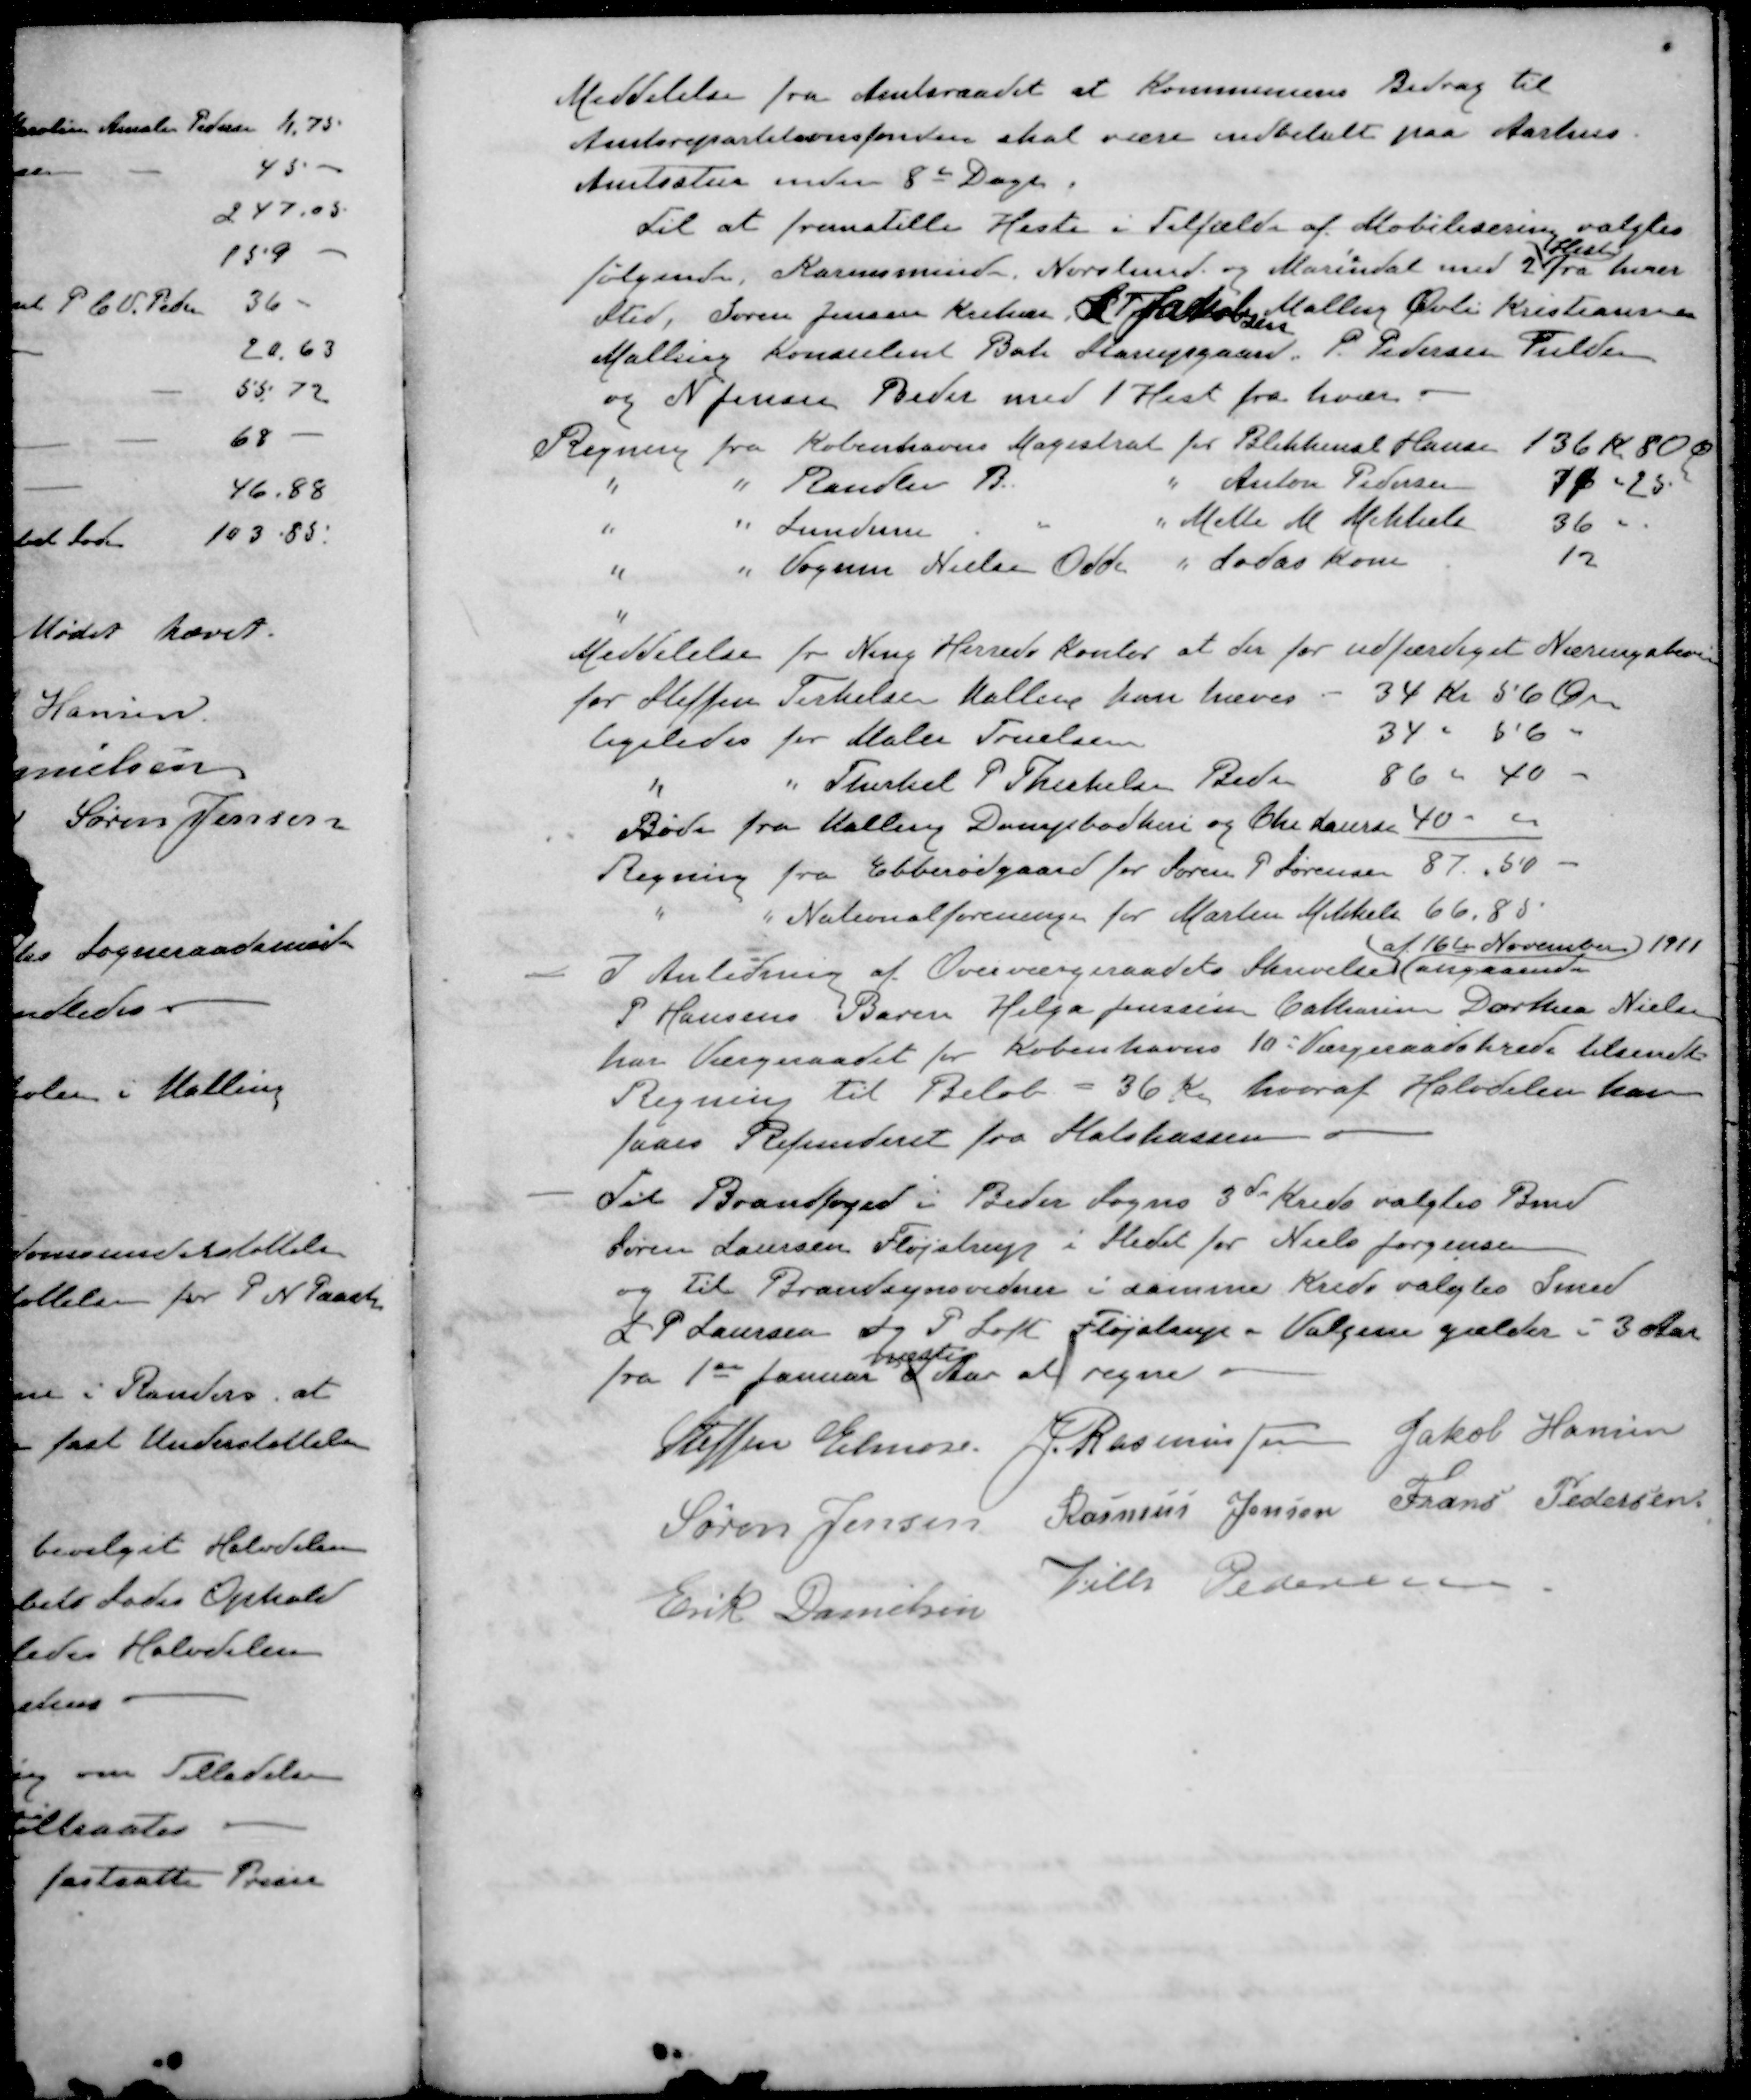
Transskription:
Meddelelse fra Amtsraadet at Kommunens Bidrag til
Amtsrepartitionsfonden skal være indbetalt paa Aarhus
Amtsstue inden 8de Dage
Til at fremstille Heste i Tilfælde af Mobilisering valgtes
Heste
følgende Karensminde, Norslund og Marindal med 2 fra hver
Sted, Søren Jensen Krekær R. Jakobsen Malling Øvli Kristiansen
Malling Konsulent Bak Starupgaard. P. Pedersen Fulden
og N. Jensen Beder med 1 Hest fra hvær.
Regning fra Københavns Magistrat for Blikkensl Hansen 136 Kr 80 Ø
" " Randlev B. " Anton Pedersen 74 " 25
" " Lunderm " Mette M Mikkels 36 "
" " Vagn Nielsen Odde " Ladas Kone 12
Meddelelse for Ning Herreds kontor at der for udfærdiget Næringsbevis
for Steffen Terkelsen Malling kan hæves. 34 Kr. 56 Øre
ligeledes for Maler Truelsen 34 " 56 "
" " Therkel P. Therkelsen Beder 86 " 40 -
Bøde fra Malling Dampbødkeri og Chr Laursen 40 -
Regning fra Ebberødgaard for Søren P Sørensen 87 " 50 -
" " Nationalforeningen for Martin Mikkels 66,85
af 16te November 1911
I Anledning af Overværgeraadets Skrivelse angaaende
P Hansens Barn Helga Jensine Catharin Dorthea Nielsen
har Værgeraadet for Københavns 10 Værgeraadskrede tilsendt
Regning til Beløb = 36 Kr. hvoraf Halvdelen kan
faaes Refunderet fra Statskassen
- Til Brandfoged i Beder Sogns 3de Kreds valgtes Bend
Søren Laursen Fløjstrup i Stedet for Niels Jørgensen
og til Brandsynsvidner i samme Kreds valgtes Smed
L P Laursen og P Loft Fløjstrup - Valgene gælder i 3 Aar
næste
fra 1st Januar d Aar at regne.
Steffen Elmose
J Rasmussen
Jakob Hansen
Søren Jensen
Rasmus Jensen
Frans Pedersen
Erik Danielsen
Vilh Pedersen